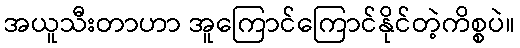
အယူသီးတာဟာ အူကြောင်ကြောင်နိုင်တဲ့ကိစ္စပဲ။